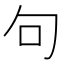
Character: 句